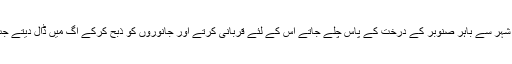
وہ سال كے بارہ مہینوں میں سے ہر ماہ ایك ایك شہر میں ایك دن كے لئے عید منایا كرتے تھے اور شہر سے باہر صنوبر كے درخت كے پاس چلے جاتے اس كے لئے قربانى كرتے اور جانوروں كو ذبح كركے اگ میں ڈال دیتے جب اس سے دھواں اٹھتا تو وہ درخت كے اگے سجدے میں گر پڑتے اور خوب گریہ كیا كرتے تھے ۔